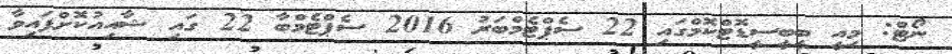
ނޯޓް: މިއީ ބީބީސީޑޮޓްކޮމްގައި 22 ސެޕްޓެމްބަރު 2016 ސެޕްޓެމްބާ 22 ގައި ޝާއިއުކޮށްފައިވާ